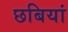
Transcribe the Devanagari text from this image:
छबियां